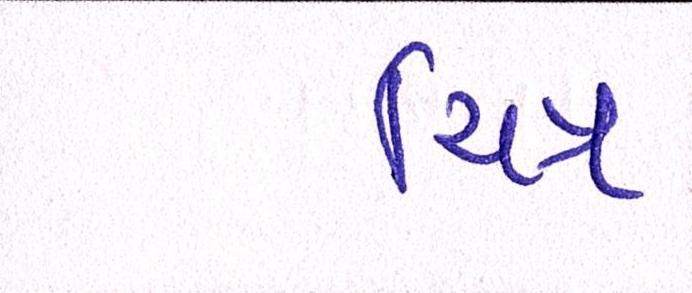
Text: ચિત્ર